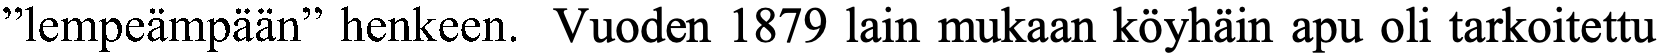
”lempeämpään” henkeen. Vuoden 1879 lain mukaan köyhäin apu oli tarkoitettu